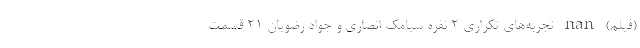
(فیلم) nan تجربه‌های تکراری ۲ نفره سیامک انصاری و جواد رضویان ۲۱ قسمت